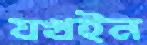
যখইন